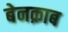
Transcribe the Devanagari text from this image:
बेनक़ाब